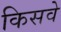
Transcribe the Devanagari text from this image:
किसवे